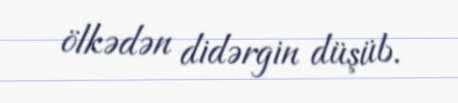
ölkədən didərgin düşüb.